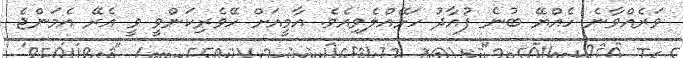
ވަރެއްވާނެ ހެއްޔޭ ބުނެ ފުއާދު ހަޅޭއްލެވިއެވެ. އާމީއަށް ހޭވެރިކަންވީ ވީ އެރޭ އެމަންޖެ